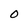
Character: 0